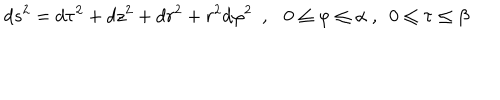
d s ^ { 2 } = d \tau ^ { 2 } + d z ^ { 2 } + d r ^ { 2 } + r ^ { 2 } d \varphi ^ { 2 } ~ ~ , 0 \leq \varphi \leq \alpha ~ , ~ ~ 0 \leq \tau \leq \beta ~ ~ ~